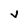
Character: V